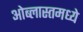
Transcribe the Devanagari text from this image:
ओब्लास्तमध्ये